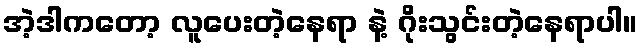
အဲ့ဒါကတော့ လူပေးတဲ့နေရာ နဲ့ ဂိုးသွင်းတဲ့နေရာပါ။